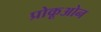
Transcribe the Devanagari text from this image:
प्रोकूओन